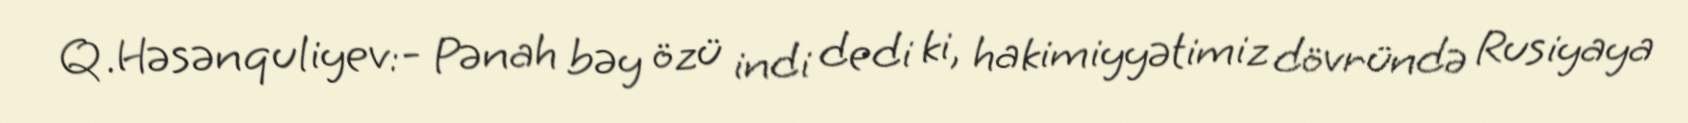
Q.Həsənquliyev:- Pənah bəy özü indi dedi ki, hakimiyyətimiz dövründə Rusiyaya